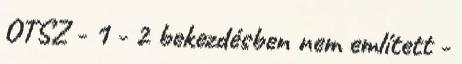
OTSZ - 1 - 2 bekezdésben nem említett -